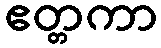
ဧတ္တကာ